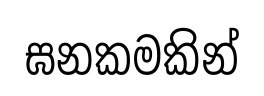
ඝනකමකින්